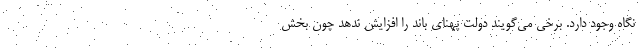
نگاه وجود دارد. برخی می‌گویند دولت پهنای باند را افزایش ندهد چون بخش